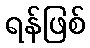
ရန်ဖြစ်